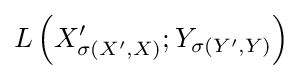
L\left(X_{\sigma \left(X^{\prime },X\right)}^{\prime };Y_{\sigma (Y^{\prime },Y)}\right)